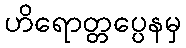
ဟိရောတ္တပ္ပေနမှ